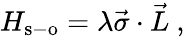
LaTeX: H_{\mathrm{s-o}}=\lambda\vec{\sigma}\cdot\vec{L}~,